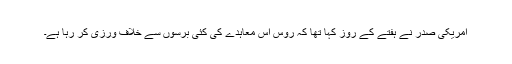
امریکی صدر نے ہفتے کے روز کہا تھا کہ روس اس معاہدے کی کئی برسوں سے خلاف ورزی کر رہا ہے۔